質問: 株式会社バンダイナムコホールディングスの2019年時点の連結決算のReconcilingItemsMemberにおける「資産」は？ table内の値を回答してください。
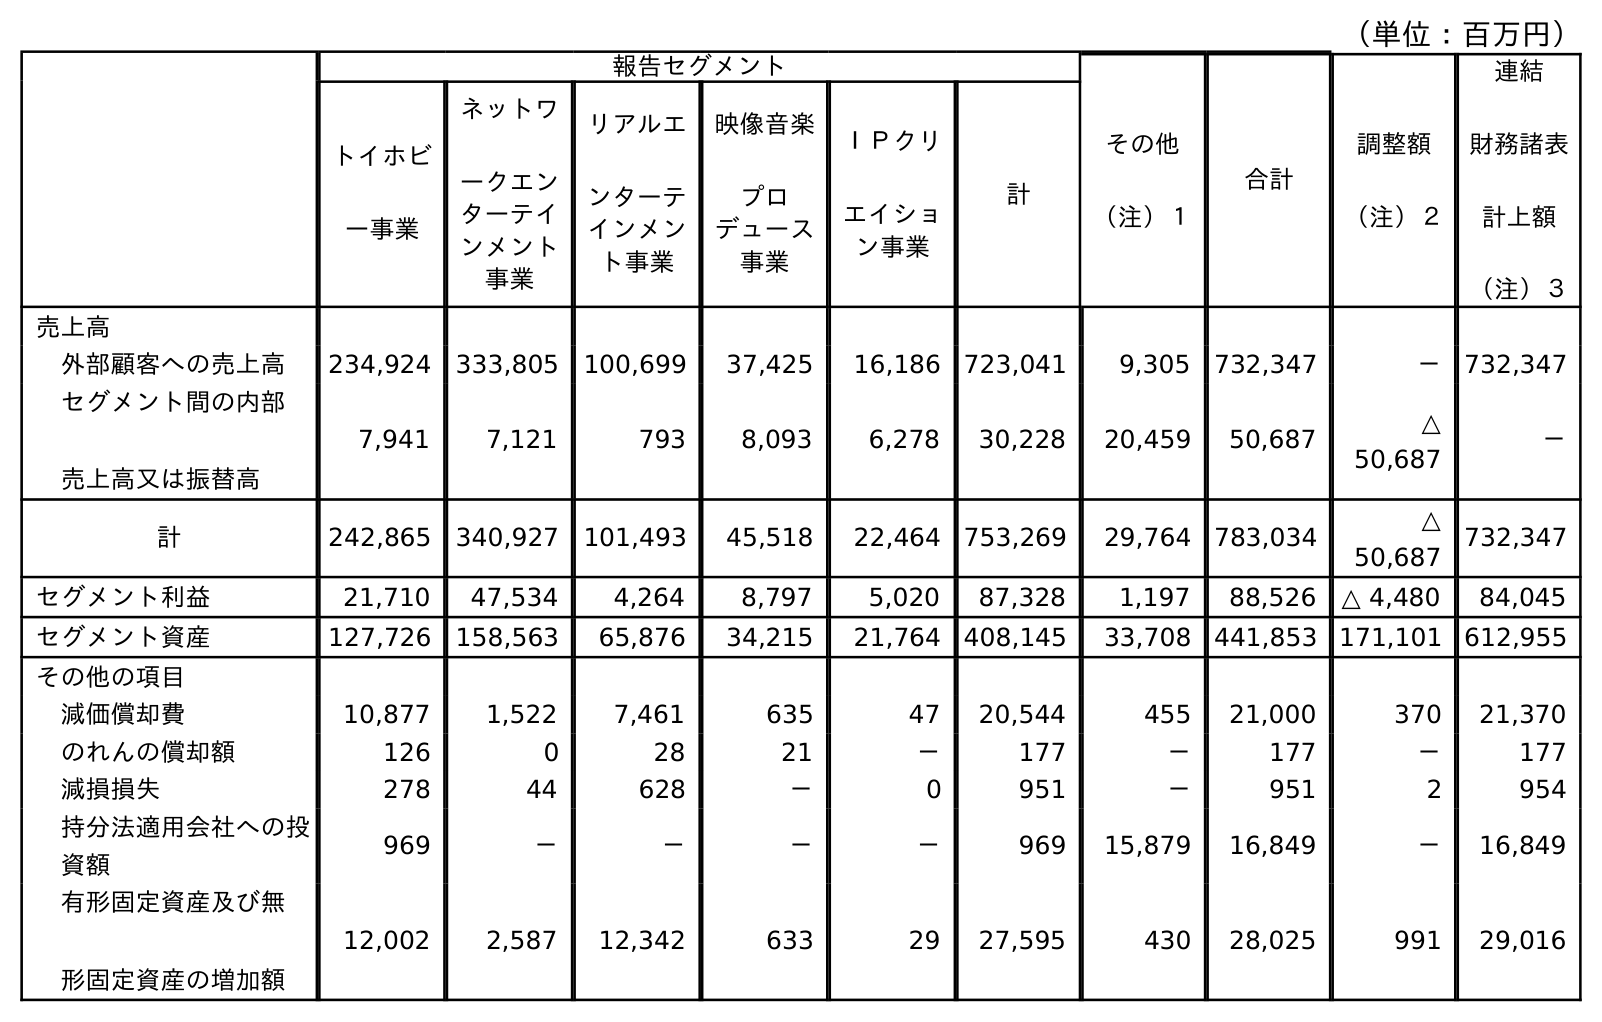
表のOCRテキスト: （単位：百万円） 報告セグメント その他 （注）１ 合計 調整額 （注）２ 連結 財務諸表 計上額 （注）３ トイホビ ー事業 ネットワ ークエン ターテイ ンメント 事業 リアルエ ンターテ インメン ト事業 映像音楽 プロ デュース 事業 ＩＰクリ エイショ ン事業 計 売上高 外部顧客への売上高 234,924 333,805 100,699 37,425 16,186 723,041 9,305 732,347 － 732,347 セグメント間の内部 売上高又は振替高 7,941 7,121 793 8,093 6,278 30,228 20,459 50,687 △ 50,687 － 計 242,865 340,927 101,493 45,518 22,464 753,269 29,764 783,034 △ 50,687 732,347 セグメント利益 21,710 47,534 4,264 8,797 5,020 87,328 1,197 88,526 △ 4,480 84,045 セグメント資産 127,726 158,563 65,876 34,215 21,764 408,145 33,708 441,853 171,101 612,955 その他の項目 減価償却費 10,877 1,522 7,461 635 47 20,544 455 21,000 370 21,370 のれんの償却額 126 0 28 21 － 177 － 177 － 177 減損損失 278 44 628 － 0 951 － 951 2 954 持分法適用会社への投 資額 969 － － － － 969 15,879 16,849 － 16,849 有形固定資産及び無 形固定資産の増加額 12,002 2,587 12,342 633 29 27,595 430 28,025 991 29,016
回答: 171,101